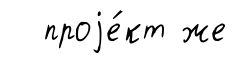
проjе́кт же